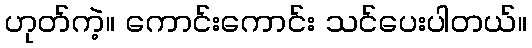
ဟုတ်ကဲ့။ ကောင်းကောင်း သင်ပေးပါတယ်။